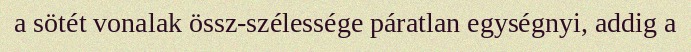
a sötét vonalak össz-szélessége páratlan egységnyi, addig a